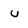
Character: u